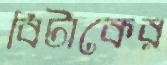
বিটাকের